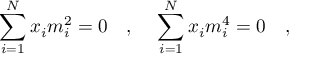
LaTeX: \sum _ { i = 1 } ^ { N } x _ { i } m _ { i } ^ { 2 } = 0 ~ ~ ~ , ~ ~ ~ \sum _ { i = 1 } ^ { N } x _ { i } m _ { i } ^ { 4 } = 0 ~ ~ ~ ,